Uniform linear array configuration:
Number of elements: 48
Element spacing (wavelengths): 0.25
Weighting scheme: cosine
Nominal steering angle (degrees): -60
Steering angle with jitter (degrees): -58.763
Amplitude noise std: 0.05
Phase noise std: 0.05

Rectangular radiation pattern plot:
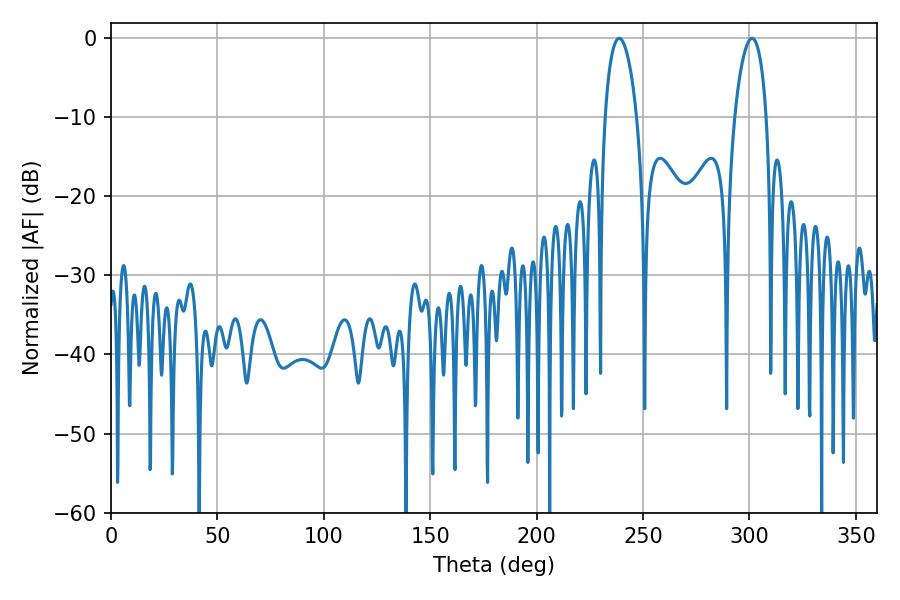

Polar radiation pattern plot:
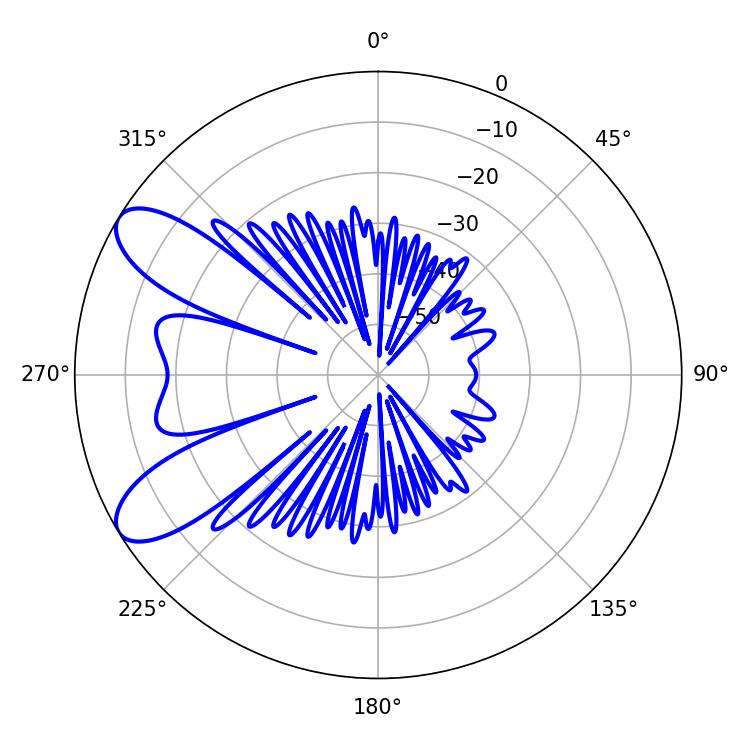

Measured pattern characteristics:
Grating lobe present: FALSE
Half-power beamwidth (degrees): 8.46
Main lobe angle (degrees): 238.86